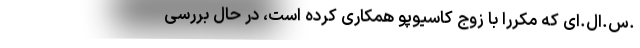
.س.‌ال.ای که مکرراً با زوج کاسیوپو همکاری کرده است، در حال بررسیِ